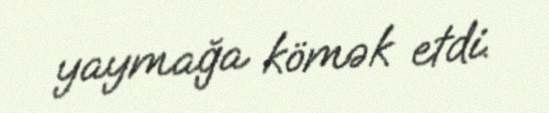
yaymağa kömək etdi.